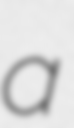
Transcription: a